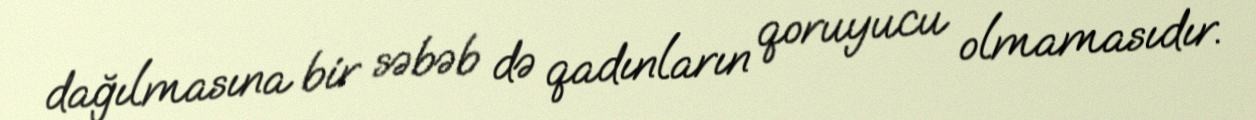
dağılmasına bir səbəb də qadınların qoruyucu olmamasıdır.